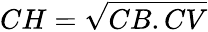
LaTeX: CH={\sqrt{CB.CV}}